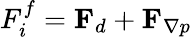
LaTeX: F_{i}^{f}=\mathbf F_{d}+\mathbf F_{\nabla p}